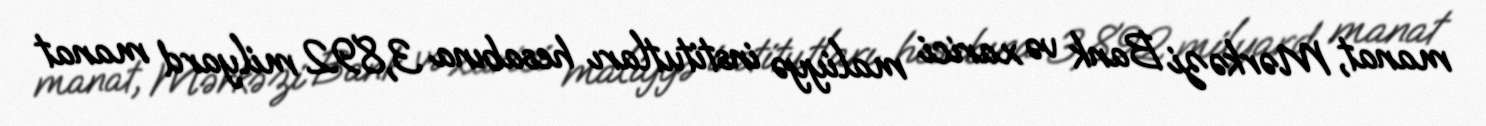
manat, Mərkəzi Bank və xarici maliyyə institutları hesabına 3,892 milyard manat